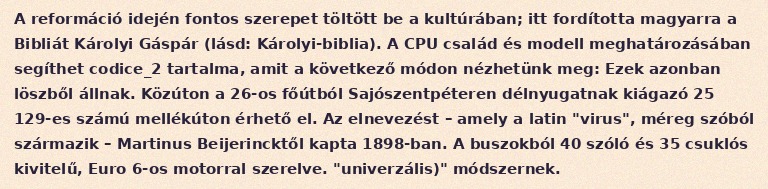
A reformáció idején fontos szerepet töltött be a kultúrában; itt fordította magyarra a Bibliát Károlyi Gáspár (lásd: Károlyi-biblia). A CPU család és modell meghatározásában segíthet codice_2 tartalma, amit a következő módon nézhetünk meg: Ezek azonban löszből állnak. Közúton a 26-os főútból Sajószentpéteren délnyugatnak kiágazó 25 129-es számú mellékúton érhető el. Az elnevezést – amely a latin "virus", méreg szóból származik – Martinus Beijerincktől kapta 1898-ban. A buszokból 40 szóló és 35 csuklós kivitelű, Euro 6-os motorral szerelve. "univerzális)" módszernek.